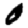
Digit: 0